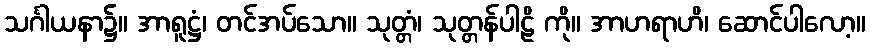
သင်္ဂါယနာ၌။ အာရူဋ္ဌံ၊ တင်အပ်သော။ သုတ္တံ၊ သုတ္တန်ပါဠိ ကို။ အာဟရာဟိ၊ ဆောင်ပါလော့။